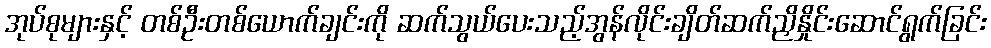
အုပ်စုများနှင့် တစ်ဦးတစ်ယောက်ချင်းကို ဆက်သွယ်ပေးသည့်အွန်လိုင်းချိတ်ဆက်ညှိနှိုင်းဆောင်ရွက်ခြင်း